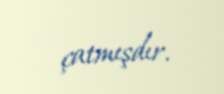
çatmışdır.